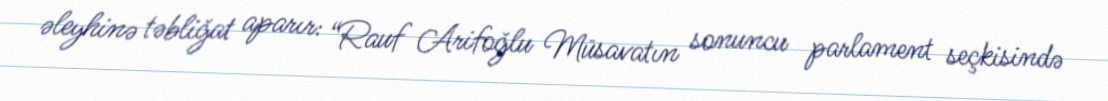
əleyhinə təbliğat aparır: “Rauf Arifoğlu Müsavatın sonuncu parlament seçkisində